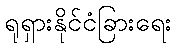
ရုရှားနိုင်ငံခြားရေး